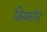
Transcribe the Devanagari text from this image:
विस्कोज